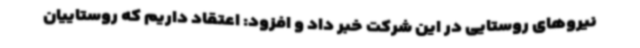
نیروهای روستایی در این شرکت خبر داد و افزود: اعتقاد داریم که روستاییان